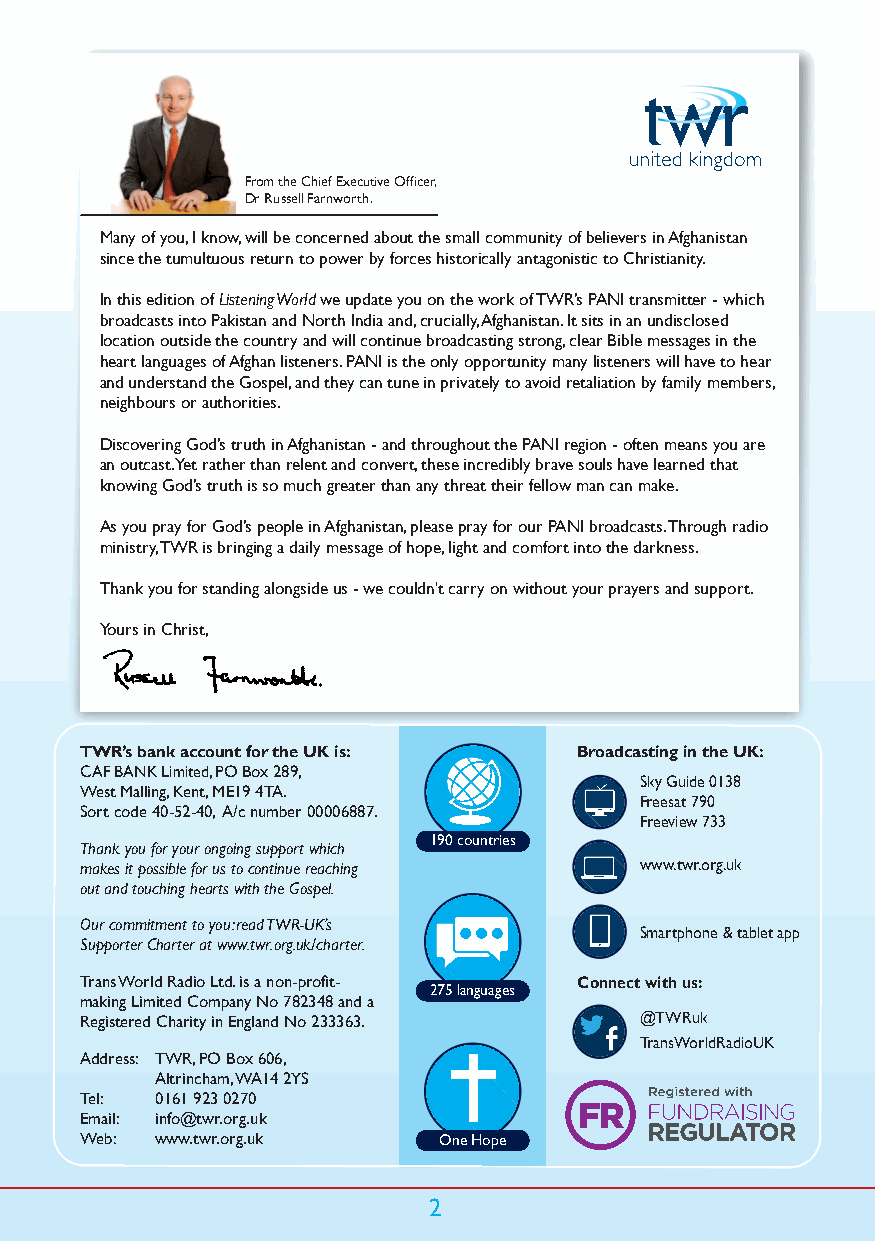
From the Chief Executive Officer,
 Dr Russell Farnworth.
 Many of you, I know, will be concerned about the small community of believers in Afghanistan
 since the tumultuous return to power by forces historically antagonistic to Christianity.
 In this edition of Listening World we update you on the work of TWR’s PANI transmitter - which
 broadcasts into Pakistan and North India and, crucially, Afghanistan. It sits in an undisclosed
 location outside the country and will continue broadcasting strong, clear Bible messages in the
 heart languages of Afghan listeners. PANI is the only opportunity many listeners will have to hear
 and understand the Gospel, and they can tune in privately to avoid retaliation by family members,
 neighbours or authorities.
 Discovering God’s truth in Afghanistan - and throughout the PANI region - often means you are
 an outcast. Yet rather than relent and convert, these incredibly brave souls have learned that
 knowing God’s truth is so much greater than any threat their fellow man can make.
 As you pray for God’s people in Afghanistan, please pray for our PANI broadcasts. Through radio
 ministry, TWR is bringing a daily message of hope, light and comfort into the darkness.
 Thank you for standing alongside us - we couldn't carry on without your prayers and support.
 Yours in Christ,
 TWR’s bank account for the UK is: Broadcasting in the UK:
 CAF BANK Limited, PO Box 289,
 Sky Guide 0138
 West Malling, Kent, ME19 4TA.
 Freesat 790
 Sort code 40-52-40, A/c number 00006887.
 Freeview 733
 190 countries
 Thank you for your ongoing support which
 makes it possible for us to continue reaching www.twr.org.uk
 out and touching hearts with the Gospel.
 Our commitment to you: read TWR-UK’s
 Smartphone & tablet app
 Supporter Charter at www.twr.org.uk/charter.
 Trans World Radio Ltd. is a non-profit- Connect with us:
 275 languages
 making Limited Company No 782348 and a
 Registered Charity in England No 233363. @TWRuk
 TransWorldRadioUK
 Address: TWR, PO Box 606,
 Altrincham, WA14 2YS
 Tel: 0161 923 0270
 Email: info@twr.org.uk
 Web: www.twr.org.uk     One Hope
 2